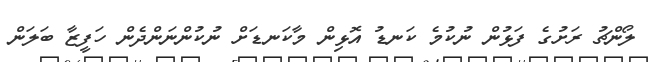
ލޯންޗު ރަށުގެ ފަޅުން ނުކުމެ ކަނޑު އޮޅިން މާކަނޑަށް ނުކުންނަންދެން ހަފީޒާ ބަލަން